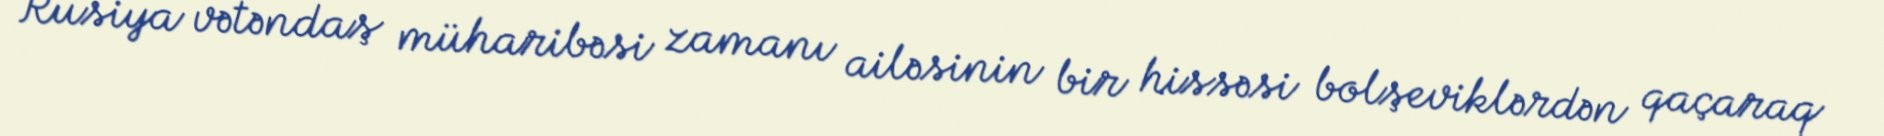
Rusiya vətəndaş müharibəsi zamanı ailəsinin bir hissəsi bolşeviklərdən qaçaraq